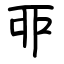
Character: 丣